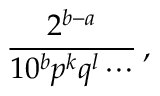
{ \frac { 2 ^ { b - a } } { 1 0 ^ { b } p ^ { k } q ^ { l } \cdots } } \, ,